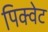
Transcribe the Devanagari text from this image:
पिक्वेट